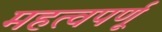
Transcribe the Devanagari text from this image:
महत्वपर्णू